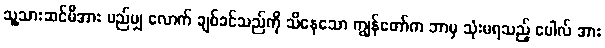
သူ့သားဆင်မီအား မည်မျှ လောက် ချစ်ခင်သည်ကို သိနေသော ကျွန်တော်က ဘာမှ သုံးမရသည့် ပေါလ် အား